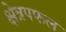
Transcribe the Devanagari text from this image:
क्षेत्रपफल